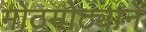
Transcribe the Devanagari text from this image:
मोठमोठ्यानें